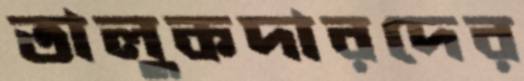
তালুকদারদের